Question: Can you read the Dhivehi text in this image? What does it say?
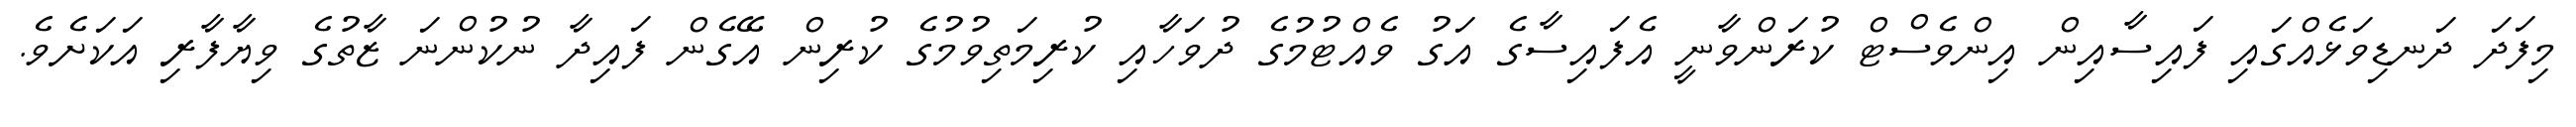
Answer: މިފަދަ ދަނޑިވަޅެއްގައި ފައިސާއިން އިންވެސްޓް ކުރަންވާނީ އެފައިސާގެ އަގު ވެއްޓުމުގެ ދުވަހާއި ކުރިމަތިވުމުގެ ކުރިން އޭގެން ފައިދާ ނުކުންނަ ޒާތުގެ ވިޔާފާރި އަކަށެވެ.